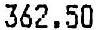
362.50